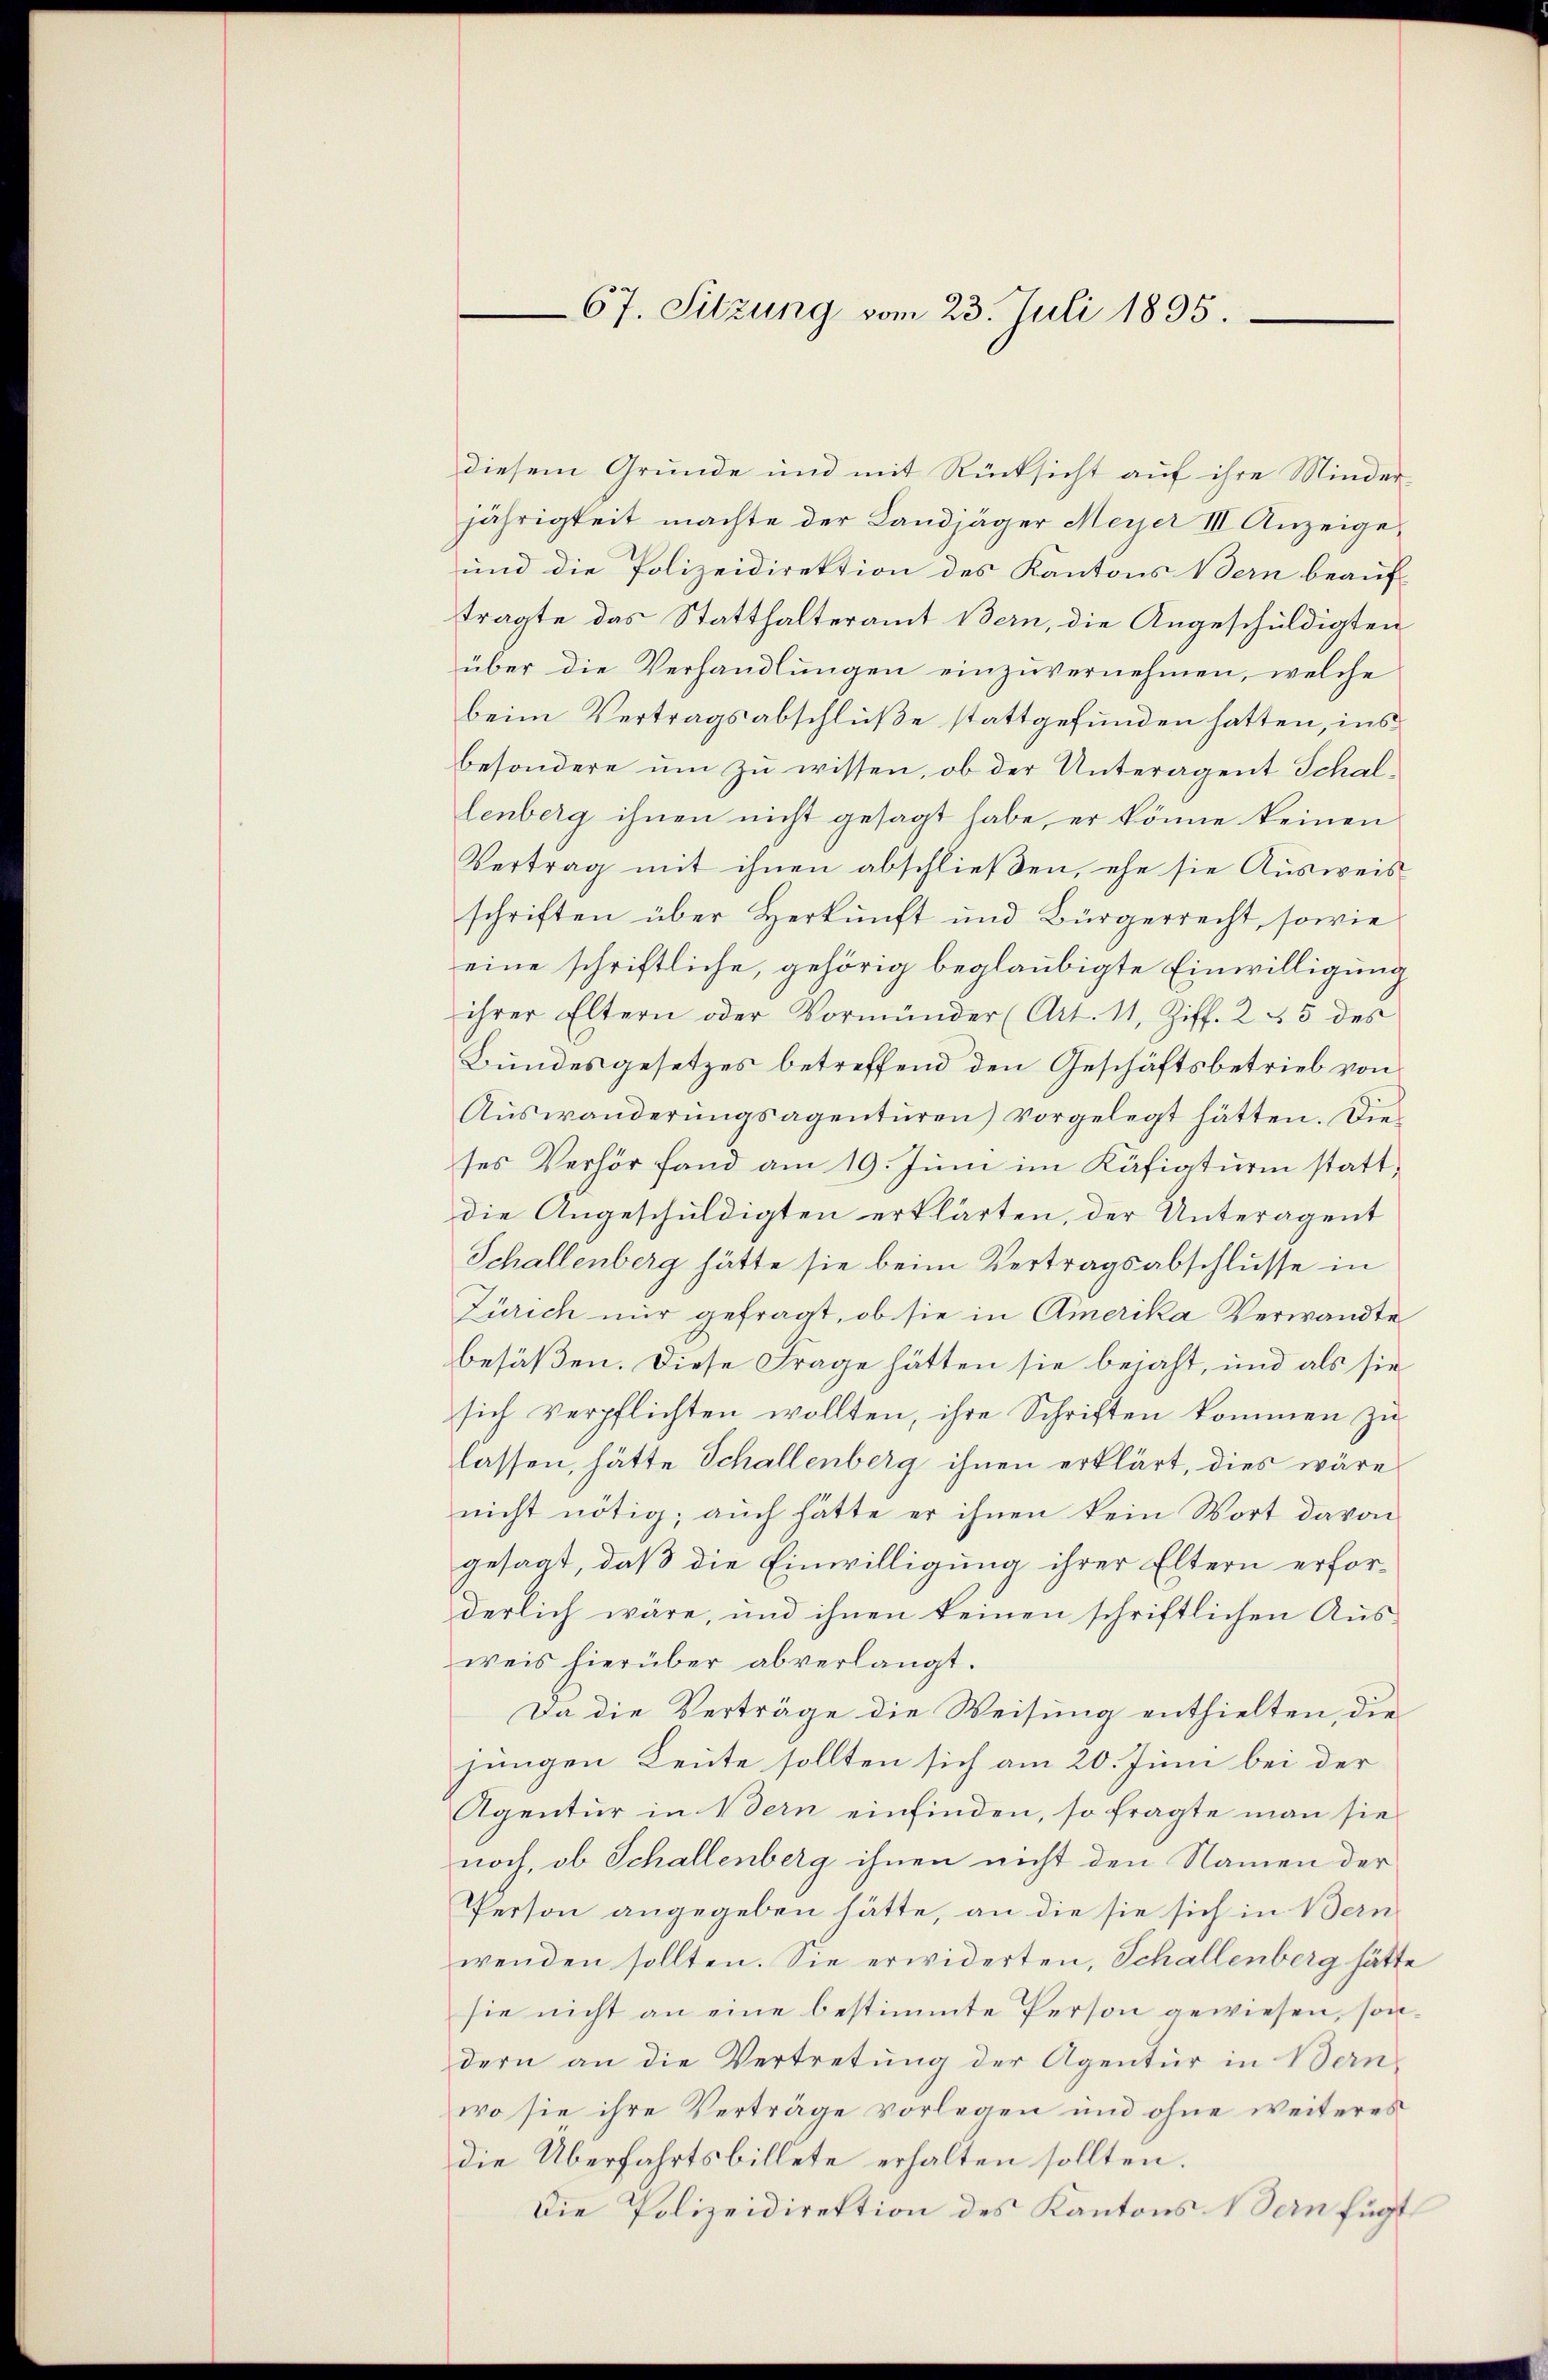
67. Sitzung vom 23. Juli 1895.

diesem Grunde und mit Rücksicht auf ihre Minder-
jährigkeit machte der Landjäger Meyer III Anzeige¬
und die Polizeidirektion des Kantons Bern beauftragte das Statthalteramt Bern, die Angeschuldigten
über die Verhandlungen einzuvernehmen, welche
beim Vertragsabschlüße stattgefunden hatten, ins
besondere um zu wissen, ob der Unteragent Schallenberg ihnen nicht gesagt habe, er könne keinen
Vertrag mit ihnen abschließen, ehe sie Ausweis
schriften über Herkunft und Bürgerrecht, sowie
eine schriftliche, gehörig beglaubigte Einwilligung
ihrer Eltern oder Vormünder (Art. 11, Ziff. 2 45 des
Bundesgesetzes betreffend den Geschäftsbetrieb von
Auswanderungsagenturen) vorgelegt hätten. Die
ses Verhör fand am 19. Juni im Käfigturm statt,
die Angeschuldigten erklärten, der Unteragent
Schallenberg hätte sie beim Vertragsabschlusse in
Zürich nur gefragt, ob sie in Amerika Verwandte
besäßen. Diese Frage hätten sie bejaht, und als sie
sich verpflichten wollten, ihre Schriften kommen zu
lassen, hätte Schallenberg ihnen erklärt, dies wäre
nicht nötig; auch hätte er ihnen kein Wort davon
gesagt, daß die Einwilligung ihrer Eltern erforderlich wäre, und ihnen keinen schriftlichen Ausweis hierüber abverlangt.
Da die Verträge die Weisung enthielten, die
jungen Leute sollten sich am 20. Juni bei der
Agentur in Bern einfinden, so fragte man sie
noch, ob Schallenberg ihnen nicht den Namen der
Person angegeben hätte, an die sie sich in Bern
wenden sollten. Sie erwiderten, Schallenberg hätte
sie nicht an eine bestimmte Person gewiesen, sondern an die Vertretung der Agentur in Bernwo sie ihre Verträge vorlegen und ohne weiteres
die Überfahrtsbillete erhalten sollten.
Die Polizeidirektion des Kantons Nein fügt